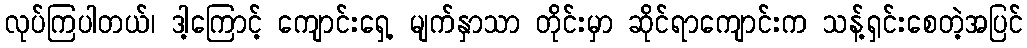
လုပ်ကြပါတယ်၊ ဒါ့ကြောင့် ကျောင်းရှေ့ မျက်နှာသာ တိုင်းမှာ ဆိုင်ရာကျောင်းက သန့်ရှင်းစေတဲ့အပြင်